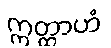
ဣတ္ထာဟံ